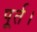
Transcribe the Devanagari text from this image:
पूर्त।